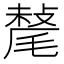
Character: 𣯷